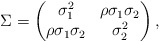
\begin{align*}\Sigma = \begin{pmatrix} \sigma_{1}^{2} & \rho \sigma_{1} \sigma_{2} \\ \rho \sigma_{1} \sigma_{2} & \sigma^{2}_{2} \end{pmatrix},\end{align*}